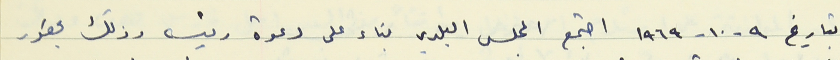
بتاريخ ٩ - ١٠ - ١٩٦٩ اجتمع المجلس البلدي بناء على دعوة رئيسه وذلك بحضور